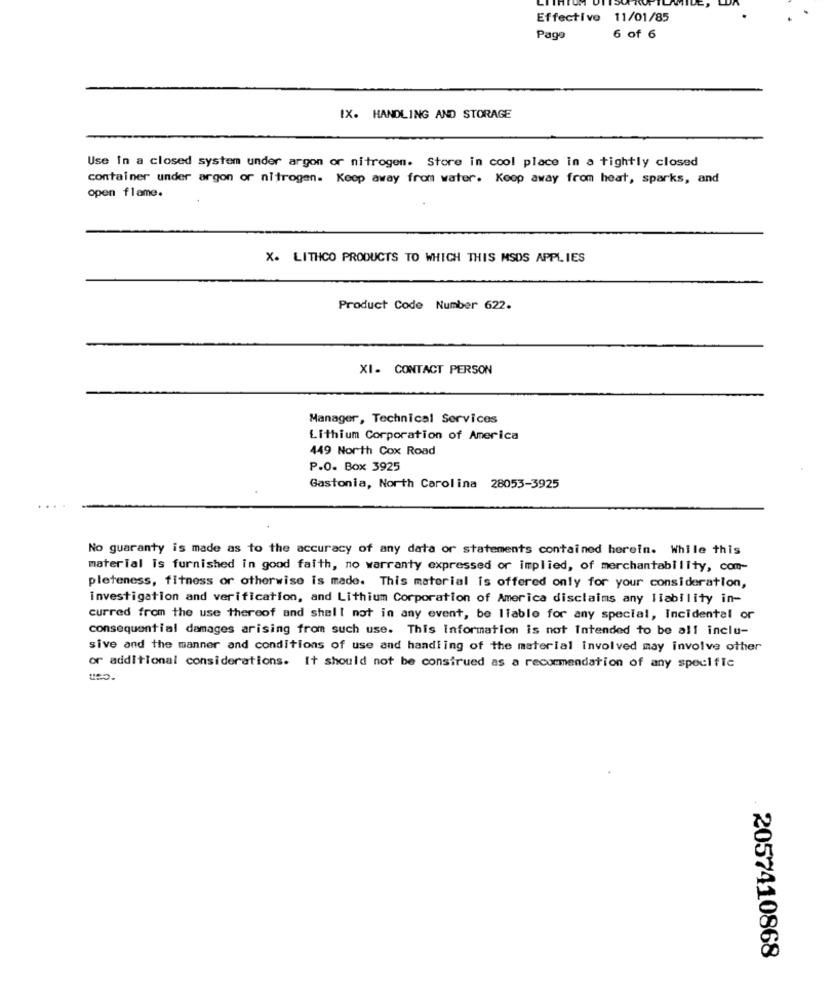
Effective 11/01/85
Page
6 of 6
IX. HANDLING AND STORAGE
Use In a closed system under argon or nitrogen. Store in cool place in a tightly closed
container under argon or nitrogen. Keep away from water. Keep away from heat, sparks, and
open flame.
X. LITHCO PRODUCTS TO WHICH THIS MSDS APPLIES
Product Code Number 622.
XI- CONTACT PERSON
Manager, Technical Services
Lithium Corporation of America
449 North Cox Road
P.O. Box 3925
Gastonia, North Carolina 28053-3925
No guaranty is made as to the accuracy of any data or statements contained herein. While this
material Is furnished in good faith, no warranty expressed or implied, of merchantability, com-
pleteness, fitness or otherwise is made. This material is offered only for your consideration,
investigation and verification, and Lithium Corporation of America disclaims any liability in-
curred from the use thereof and shall not in any event, be liable for any special, Incidental or
consequential damages arising from such use. This Information is not Intended to be all inclu-
sive and the manner and conditions of use and handling of the material involved may involve other
or additional considerations. It should not be construed as a recommendation of any specific
UBO.
2057410868